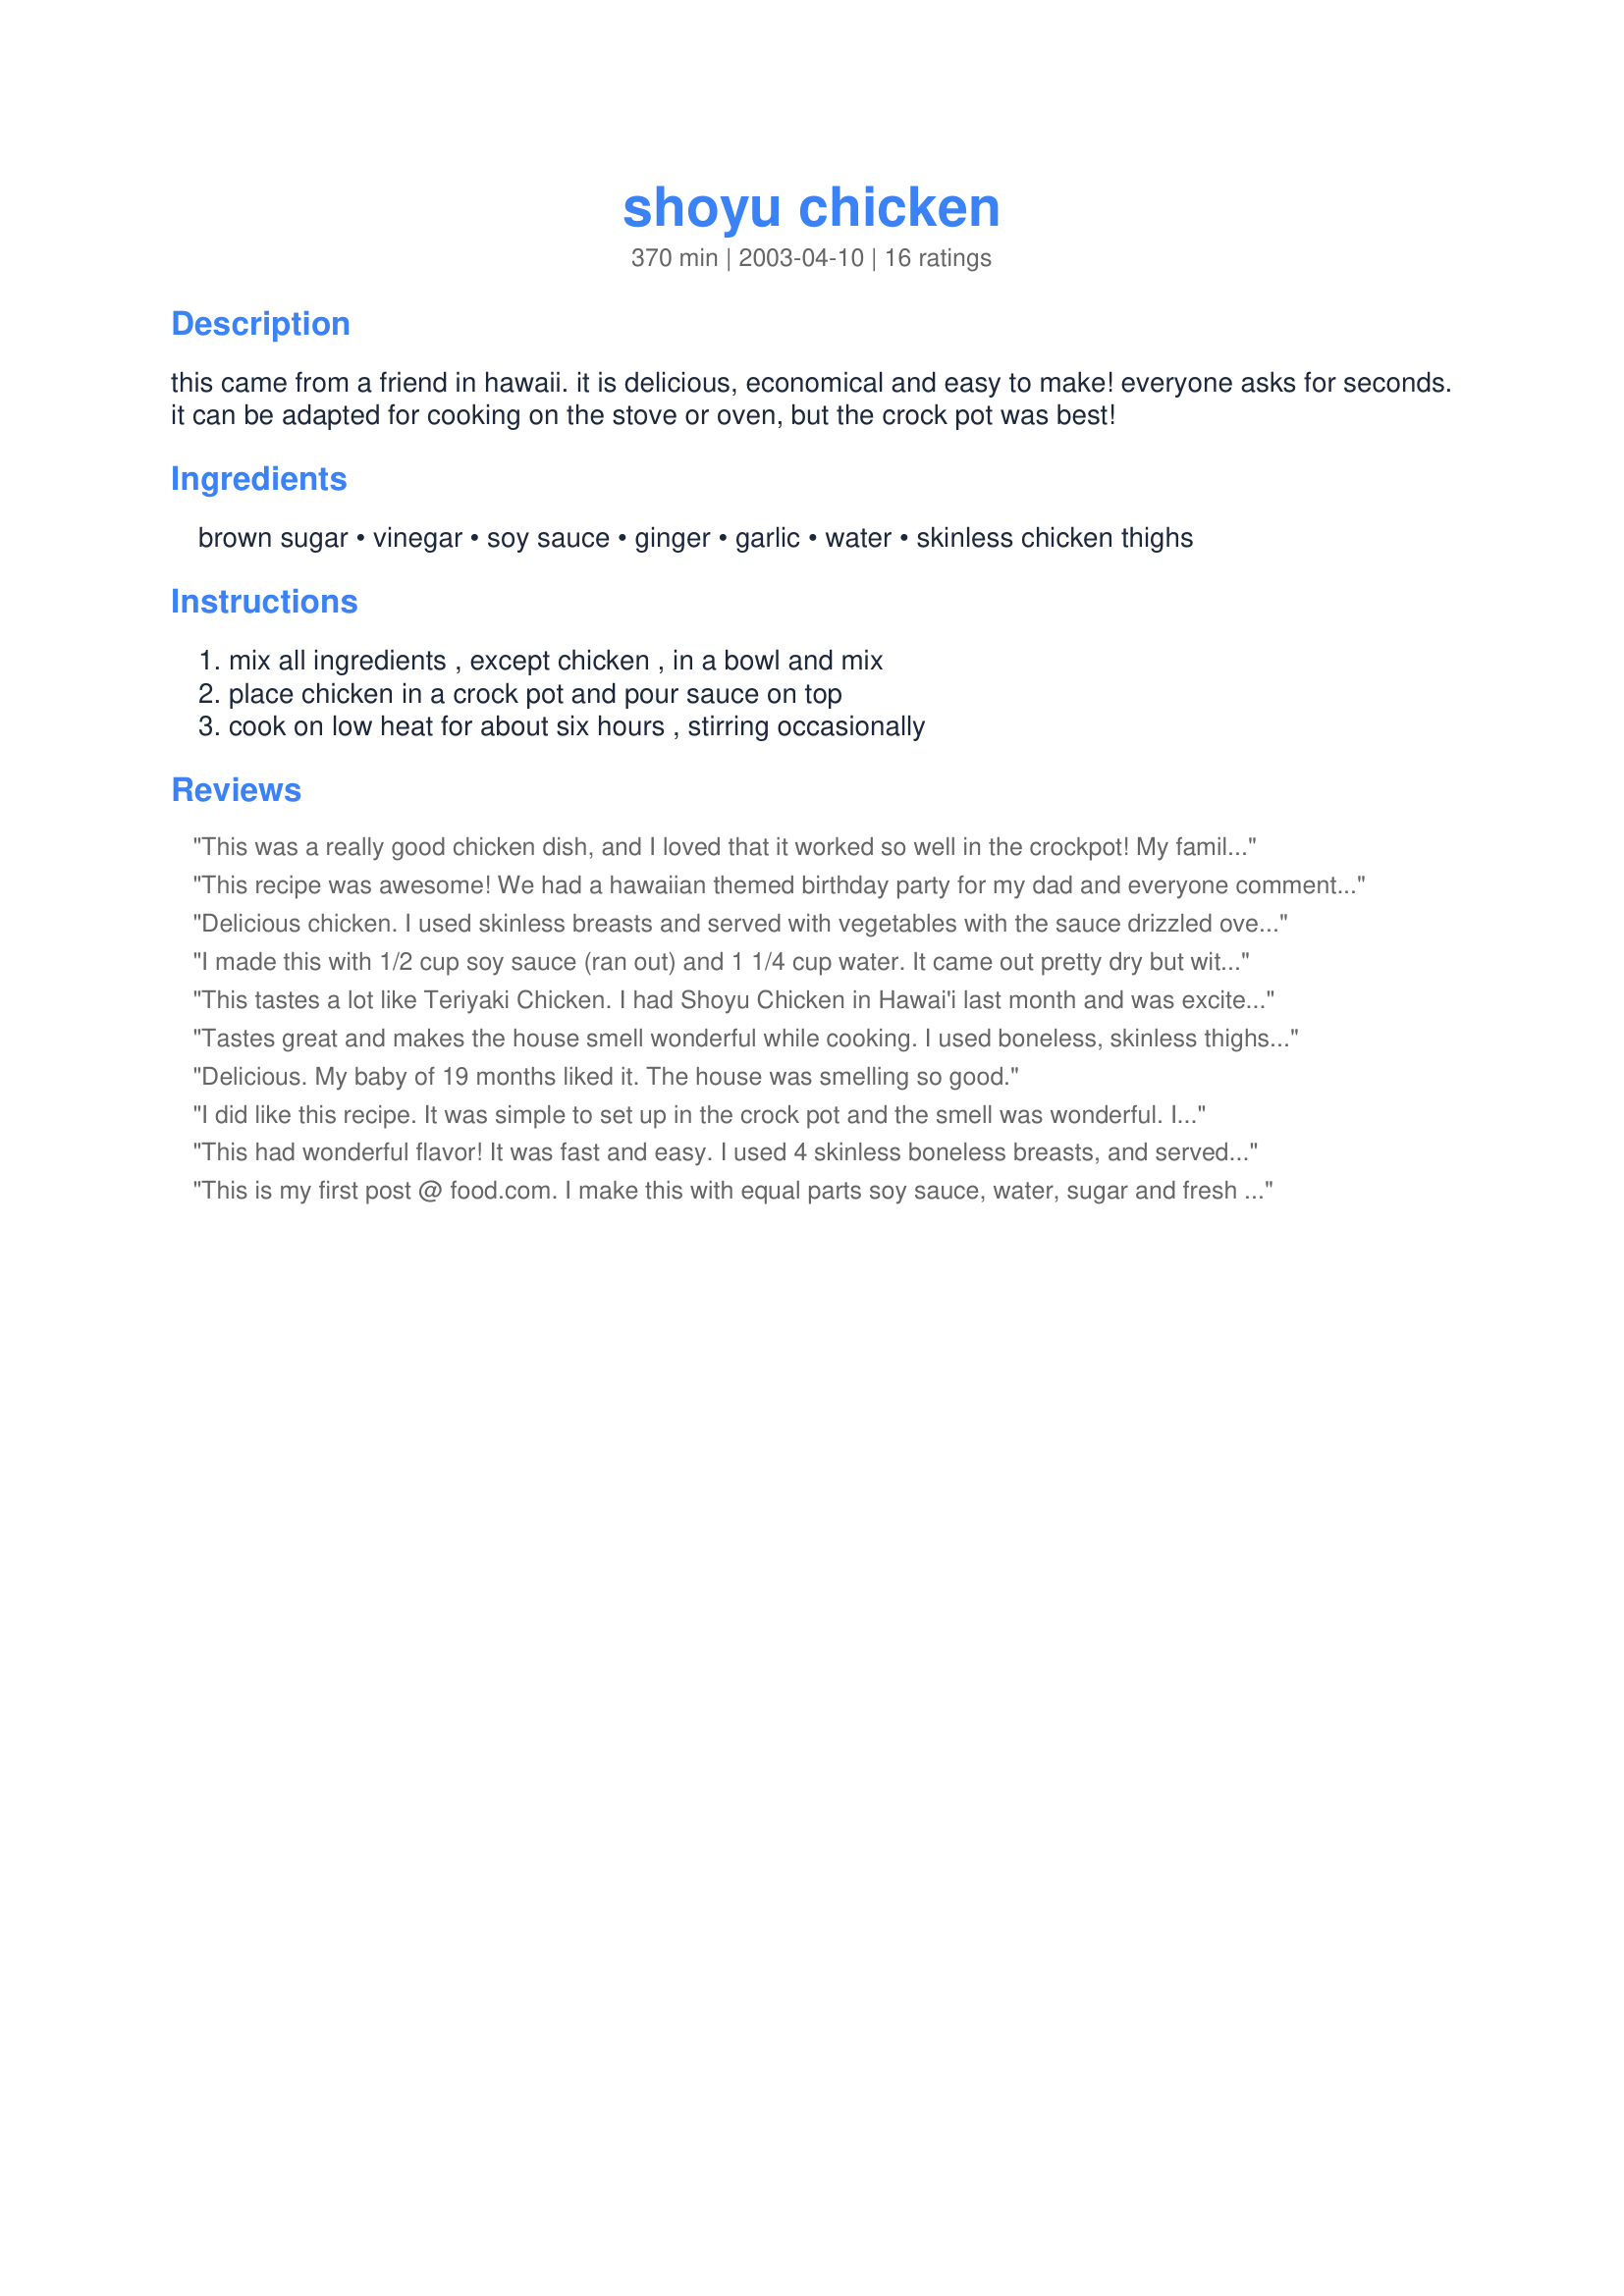
shoyu chicken
Preparation time: 370 minutes

this came from a friend in hawaii. it is delicious, economical and easy to make! everyone asks for seconds. it can be adapted for cooking on the stove or oven, but the crock pot was best!

Ingredients:
brown sugar, vinegar, soy sauce, ginger, garlic, water, skinless chicken thighs

Steps:
mix all ingredients , except chicken , in a bowl and mix, place chicken in a crock pot and pour sauce on top, cook on low heat for about six hours , stirring occasionally

Reviews:
This was a really good chicken dish, and I loved that it worked so well in the crockpot! My family and I really enjoyed how juicy and tender the chicken became, and the sauce was yummy. I have to admit that I used boneless, skinless chicken breast instead of thighs simply because I prefer it. The only change I would make is to use a little less water next time, as Everblest suggested. Thanks for a great, tasty, Asian-inspired entree recipe!
This recipe was awesome! We had a hawaiian themed birthday party for my dad and everyone commented on how wonderful the chicken was. I was so easy to make too. Thanks for posting and this is difinitly going down as a favorite.
Delicious chicken. I used skinless breasts and served with vegetables with the sauce drizzled over the top..
I made this with 1/2 cup soy sauce (ran out) and 1 1/4 cup water. It came out pretty dry but with good flavor. I'd love to know from someone more experienced why the skinless, bone-in chichen thighs were dry! Today, I mixed the leftover chicken and brown rice with a tiny bit of the sauce (my husband threw most of it out) and a little mayo and microwaved. It was actually pretty good.
This tastes a lot like Teriyaki Chicken. I had Shoyu Chicken in Hawai'i last month and was excited to try this recipe, but this doesn't taste like what we had. If you're looking for something similar to Teriyaki Chicken, this recipe is great and easy - and I will use this recipe again for Teriyaki.... but I will continue to look for a true Shoyu Chicken recipe.
Tastes great and makes the house smell wonderful while cooking. I used boneless, skinless thighs. The chicken was moist and juicy, but I think that the sauce had way too much water in it. I will certainly make this again, but cut the amount of water at least in half to get more of a "glaze-type" sauce. Thanx for sharing the recipe.
Delicious. My baby of 19 months liked it. The house was smelling so good.
I did like this recipe. It was simple to set up in the crock pot and the smell was wonderful. I only used 8 chicken thighs and should have used more I think. I think in the future I would use less water too. I will definitely do this one again.
This had wonderful flavor! It was fast and easy. I used 4 skinless boneless breasts, and served them over brown rice. Dh thinks the sauce would be great for dipping dumplings!
This is my first post @ food.com. I make this with equal parts soy sauce, water, sugar and fresh instead of powdered ginger. .So, 2 cups of each ingredient ginger, or 3 cups or whatever amount you need to cover chicken completely. I think what's missing here is some sliced FRESH ginger, and lots of it ;) I live in Hawaii and most people here make shoyu chicken with fresh ginger. It really changes the flavor. See if your grocery store carries 'hand's of fresh ginger in the produce section. It is a brown root with 'finger' sized branches. I just peel a 4 inch hunk, and slice into 1/4 inch or so pieces until you have about a 1/3 cup pieces (rough chop). This makes it easy to separate hunks out before eating, as you don't actually eat the cooked ginger. If you cook this with real ginger, and equal parts of liquid ingredients, I think you will see a big difference in the flavor. Maybe I should've just posted a recipe? ;)
My Hawaiian partner makes Shoyu Chicken, and the recipe is similar to this , but he adds Star Anise, usually about 3 "stars". I think it's what may be lacking in this recipe. I'm making the Shoyu Chicken for us tonight so I was glad to find a similar recipe to follow.
The smell of this cooking was amazing but the taste was somewhat subtle, I should read the previous reviews and used only half the water, I will try again with less water. I've never had shoyu chicken so don't really have anything to compare it too either.
This was just like the dish I remember having when I visted my friend and her sister in Hawaii. Both of my picky eaters really liked it too. I baked my thighs in a 350 degree oven for 45 minutes turning them over once to make sure both sides were evenly coated in the sauce. The next day I used a couple of the cold thighs chopped them up with green onion, water chestnuts, cashews and cilantro with some mayo and a bit of the sauce for an incredible chicken salad served over field greens. I can't wait to make this in the crock pot.
Super easy, and super tasty. I've made this recipe about 3 times now, and it's perfect every time. I have also added the star anise, as Wendy suggested, and it's quite delicious that way, too. (I've never had this dish before, so I don't have a comparison point... just know I quite like this one).
This is very moist and tender and delicious. I used just 1 cup water and added 2 tsp. sesame oil. This will be a repeat recipe at our house.
One of my husband's (and one of my) favorite recipes. So simple and so delicious! Thanks for sharing~
